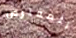
المفترض